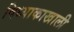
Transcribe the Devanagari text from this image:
विध्याकाखाली